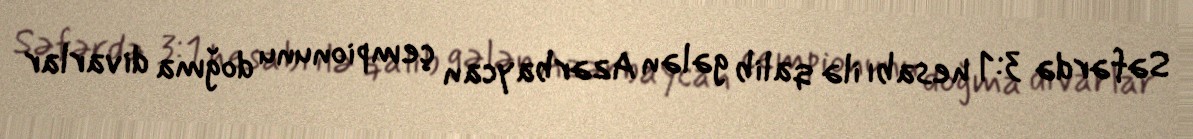
Səfərdə 3:1 hesabı ilə qalib gələn Azərbaycan çempionunu doğma divarlar